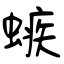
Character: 螏